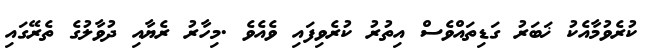
ކުރެވުމާއެކު ޚަބަރު ގަޑިތައްވެސް އިތުރު ކުރެވިފައި ވެއެވެ .މިހާރު ރެޔާއި ދުވާލުގެ ތެރޭގައި